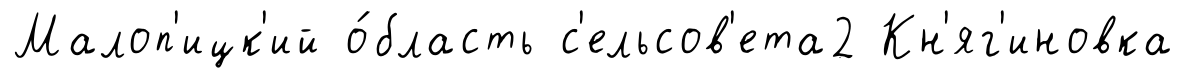
Малоп'ицк'ий о́бласть с'ельсов'ета2 Кн'яг'иновка